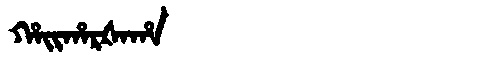
Manchu: ᡥᠠᡳᡥᠠᡵᡧᠠᡥᠠ
Romanization: HAIHARŠAHA